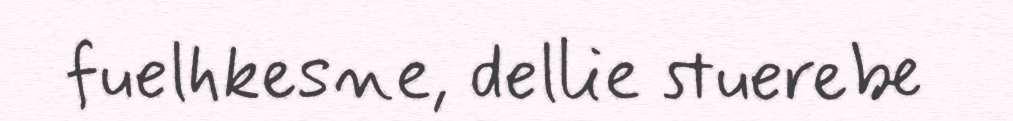
fuelhkesne, dellie stuerebe